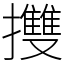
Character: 㩳